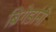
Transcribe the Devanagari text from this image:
ब्रिगेडांनी